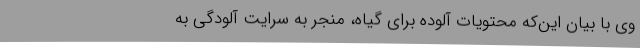
وی با بیان این‌که محتویات آلوده برای گیاه، منجر به سرایت آلودگی به